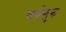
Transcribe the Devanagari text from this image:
सर्वगुरु